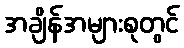
အချိန်အများစုတွင်